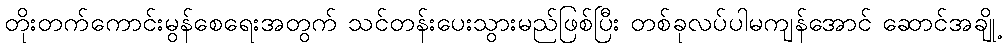
တိုးတက်ကောင်းမွန်စေရေးအတွက် သင်တန်းပေးသွားမည်ဖြစ်ပြီး တစ်ခုလပ်ပါမကျန်အောင် ဆောင်အချို့